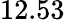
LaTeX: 12.53